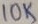
Text: 10K